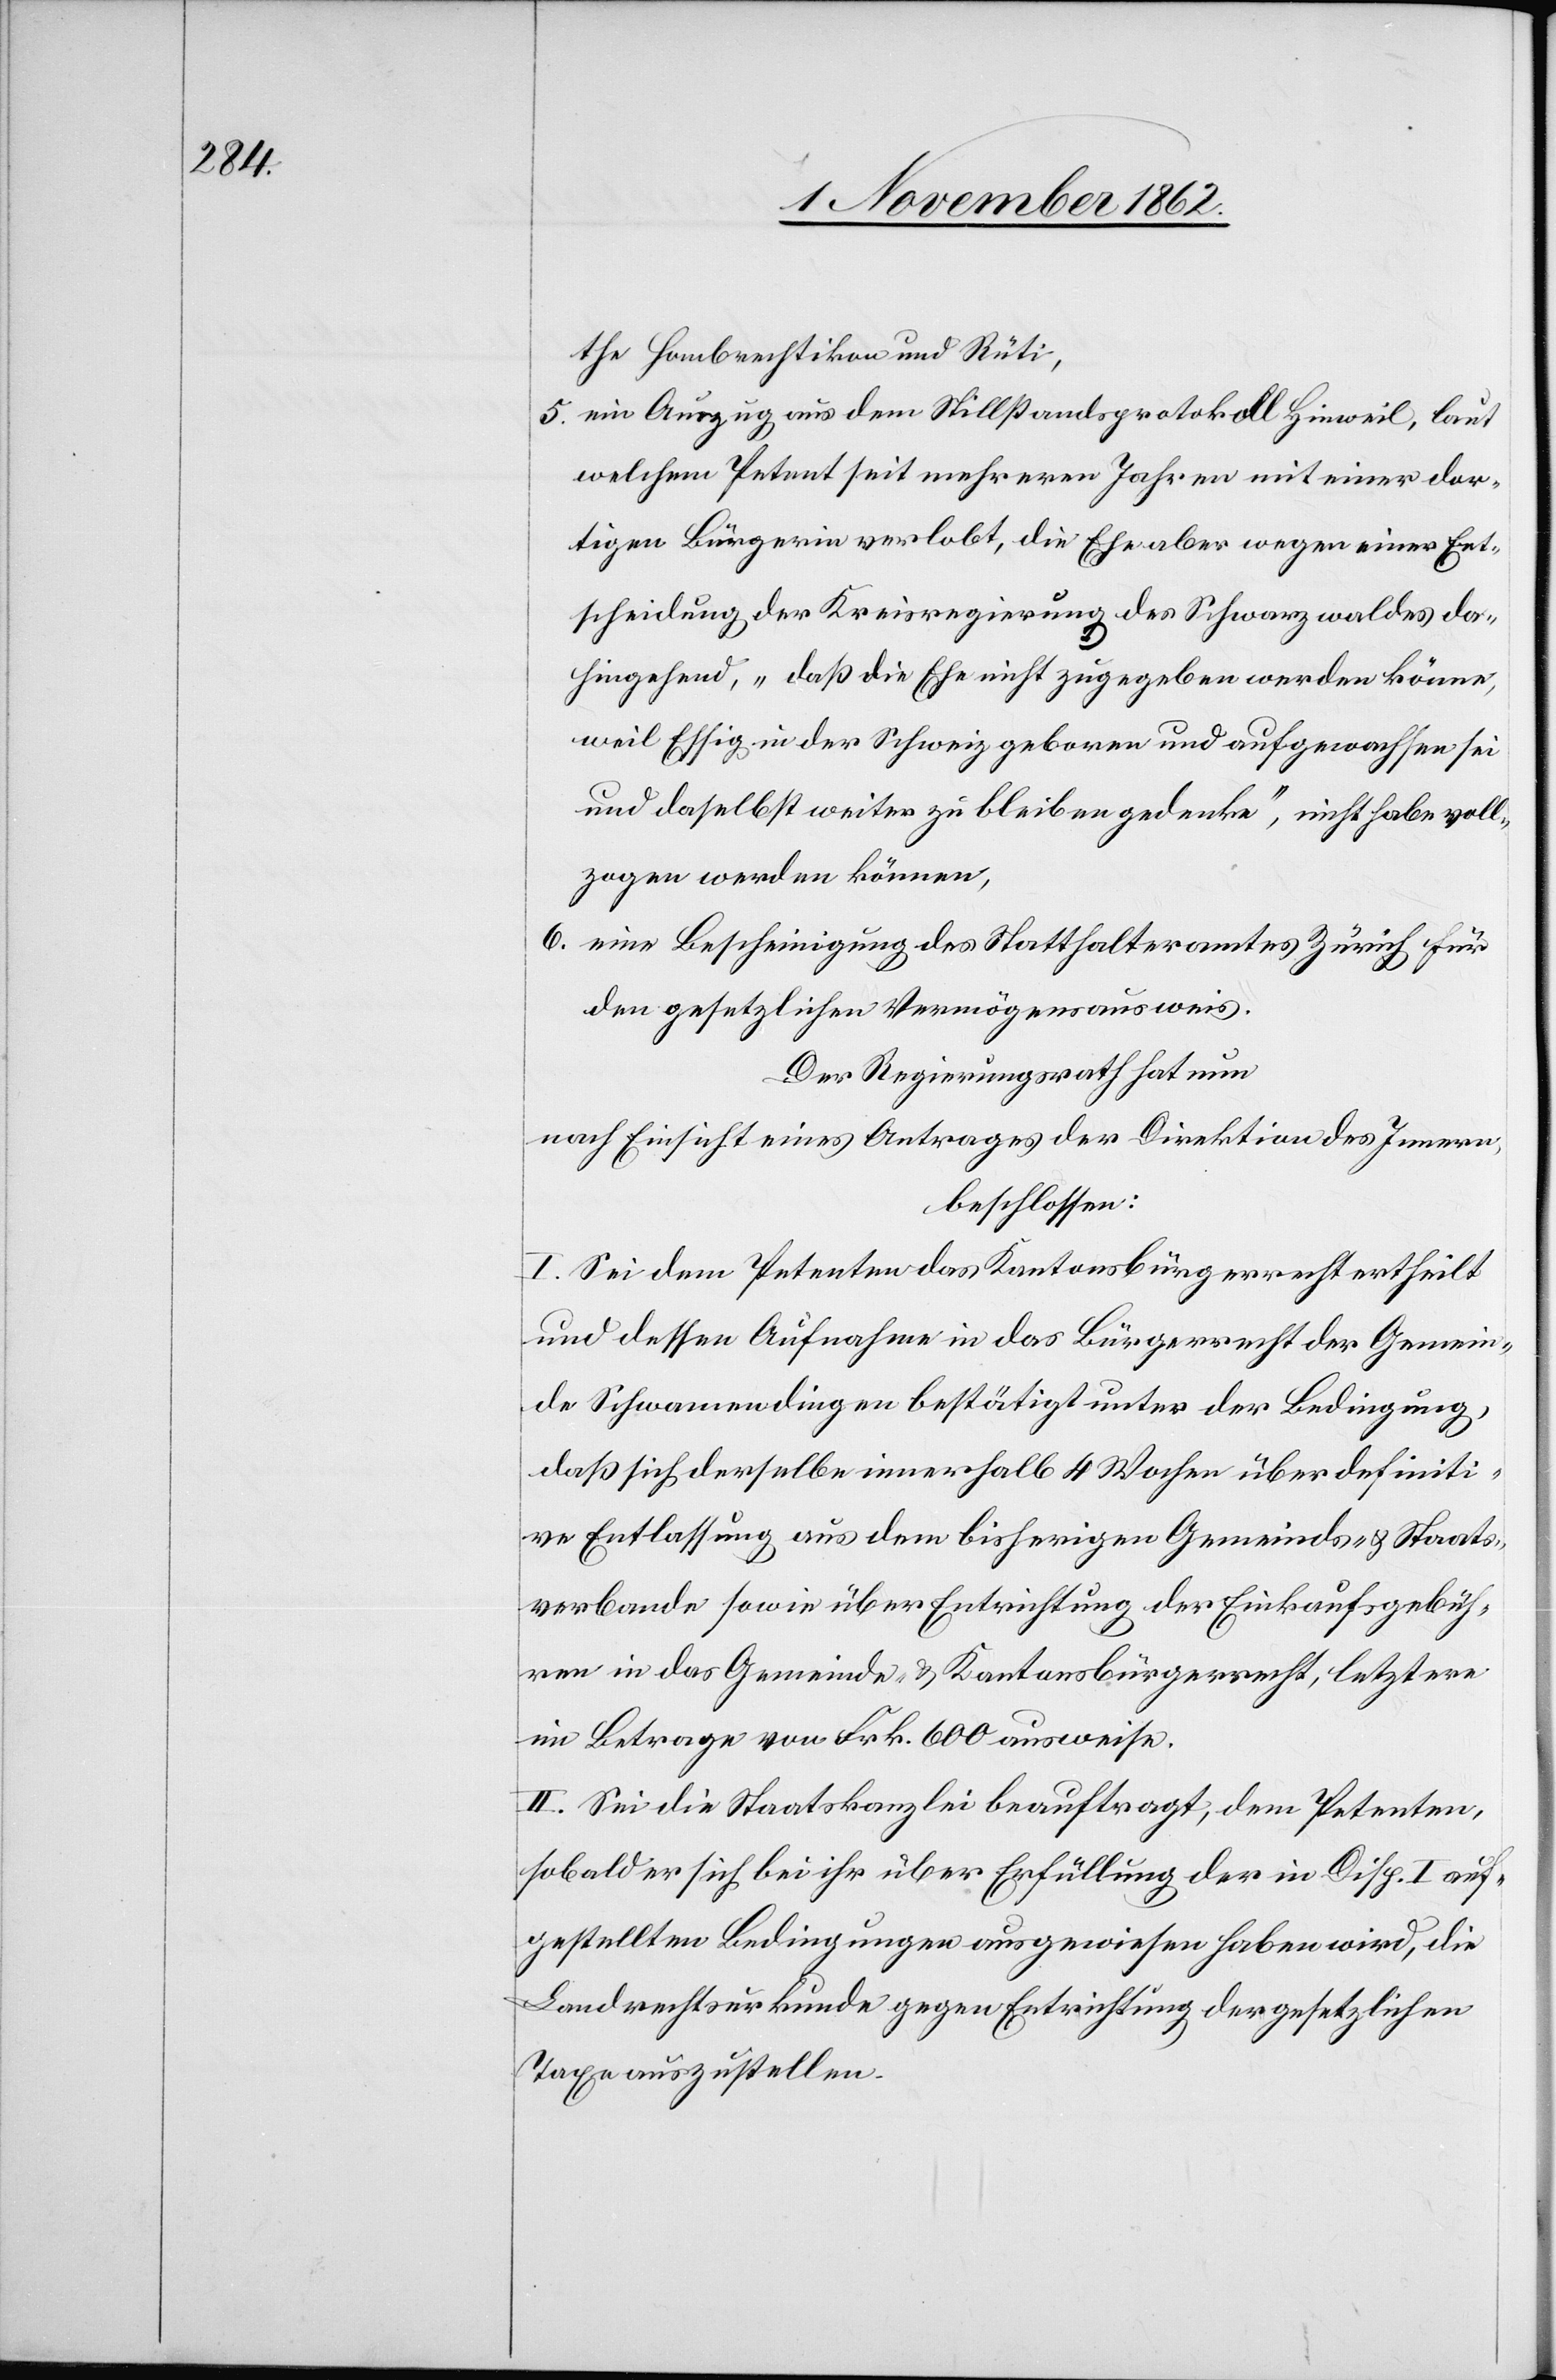
the Hombrechtikon u. Rüti,
5. ein Auszug aus dem Stillstandsprotokoll Hinweil, laut
welchem Petent seit mehreren Jahren mit einer dor¬
tigen Bürgerin verlobt, die Ehe aber wegen einer Ehe¬
scheidung der Kreisregierung des Schwarzwaldes da¬
hingehend, „daß die Ehe nicht zugegeben werden könne,
weil Essig in der Schweiz geboren und aufgewachsen sei
und daselbst weiter zu bleiben gedenke“, nicht habe voll¬
zogen werden können,
6. eine Bescheinigung des Statthalteramts Zürich für
den gesetzlichen Vermögensausweis.
Der Regierungsrath hat nun
nach Einsicht eines Antrages der Direktion des Innern,
beschlossen:
I. Sei dem Petenten das Kantonsbürgerrecht ertheilt
und dessen Aufnahme in das Bürgerrecht der Gemein¬
de Schwamendingen bestätigt unter der Bedingung,
daß sich derselbe innerhalb 4 Wochen über definiti¬
ve Entlassung aus dem bisherigen Gemeinds- u. Staats¬
verbande sowie über Entrichtung der Einkaufsgebüh¬
ren in das Gemeinde- u. Kantonsbürgerrecht, letztere
im Betrage von Frk. 600 ausweise.
II. Sei die Staatskanzlei beauftragt, dem Petenten,
sobald er sich bei ihr über Erfüllung der in Disp. I auf¬
gestellten Bedingungen ausgewiesen haben wird, die
Landrechtsurkunde gegen Entrichtung der gesetzlichen
Taxe auszustellen.